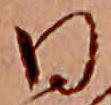
日